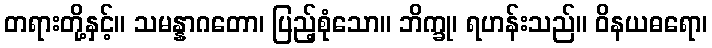
တရားတို့နှင့်။ သမန္နာဂတော၊ ပြည့်စုံသော။ ဘိက္ခု၊ ရဟန်းသည်။ ဝိနယဓရော၊